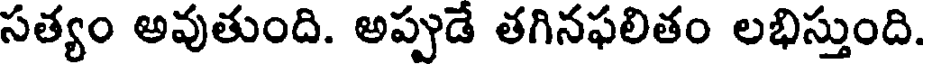
సత్యం అవుతుంది. అప్పుడే తగినఫలితం లభిస్తుంది.